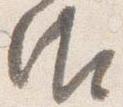
御